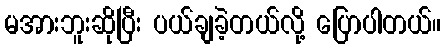
မအားဘူးဆိုပြီး ပယ်ချခဲ့တယ်လို့ ပြောပါတယ်။